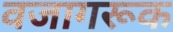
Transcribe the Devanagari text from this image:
वजागरूक